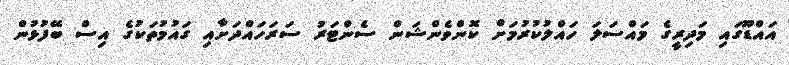
އައްޑޫގައި މަދިރީގެ މައްސަލަ ހައްލުކުރުމަށް ކޮންވެންޝަން ސެންޓަރު ސަރަހައްދަށާއި ގައުމުތަކުގެ އިސް ބޭފުޅުން